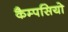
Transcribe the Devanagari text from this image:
कैम्पसियो